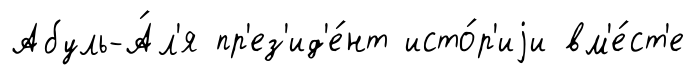
Абуль-А́л'я пр'ез'ид'е́нт исто́р'иjи вм'е́ст'е